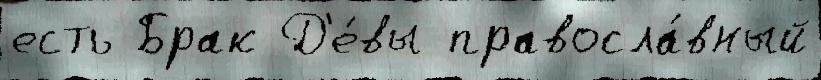
есть Брак Д'е́вы правосла́вный